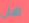
هل